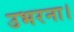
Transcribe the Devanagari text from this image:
उभरना।